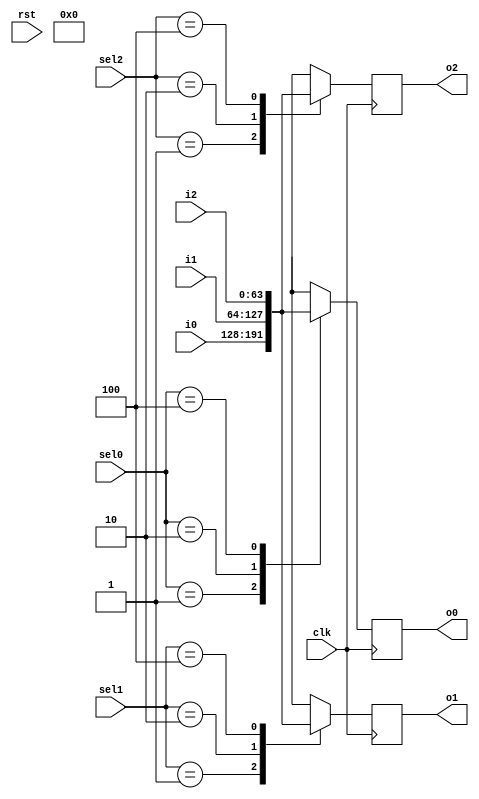
`timescale 1ns / 1ps
//////////////////////////////////////////////////////////////////////////////////
// Company: 
// Engineer: 
// 
// Design Name: 
// Module Name: crossbar
// Project Name: 
// Target Devices: 
// Tool Versions: 
// Description: 
// 
// Dependencies: 
// 
// Revision:
// Revision 0.01 - File Created
// Additional Comments:
// 
//////////////////////////////////////////////////////////////////////////////////

module crossbar(i0,i1,i2,
      sel0, sel1,sel2,
		o0,o1,o2,clk, rst
    );
input clk, rst;
input[63:0] i0,i1,i2;
output reg[63:0] o0,o1,o2;
input [2:0] sel0, sel1, sel2;
always @(posedge clk)
begin
case(sel0)
5'b00001: o0<=i0;
5'b00010: o0<=i1;
5'b00100: o0<=i2;
default: o0<=8'bxxxxxxxx;
endcase
case(sel1)
5'b00001: o1<=i0;
5'b00010: o1<=i1;
5'b00100: o1<=i2;
default: o1<=8'bxxxxxxxx;
endcase
case(sel2)
5'b00001: o2<=i0;
5'b00010: o2<=i1;
5'b00100: o2<=i2;
default: o2<=8'bxxxxxxxx;
endcase

/*$display("output local i0 %d, %t", i0, $time);
$display("output local i1 %d, %t", i1, $time);
$display("output local i2 %d, %t", i2, $time);
$display("select0 signal %b, %t", sel0, $time);
$display("select1 signal %b, %t", sel1, $time);
$display("select2 signal %b, %t", sel2, $time);
*/
end
//sel1,sel2,sel3,sel4;
//assign o0= (i0&sel0);
//assign o0=((i0&~i1&~i2&~i3&~i4&sel0)|(~i0&i1&~i2&~i3&~i4&sel0)|(~i0&~i1&i2&~i3&~i4&sel0)|(~i0&~i1&~i2&i3&~i4&sel0)|(~i0&~i1&~i2&~i3&i4&sel0));
//assign o1=((i0&~i1&~i2&~i3&~i4&sel1)|(~i0&i1&~i2&~i3&~i4&sel1)|(~i0&~i1&i2&~i3&~i4&sel1)|(~i0&~i1&~i2&i3&~i4&sel1)|(~i0&~i1&~i2&~i3&i4&sel1));
//assign o2=((i0&~i1&~i2&~i3&~i4&sel2)|(~i0&i1&~i2&~i3&~i4&sel2)|(~i0&~i1&i2&~i3&~i4&sel2)|(~i0&~i1&~i2&i3&~i4&sel2)|(~i0&~i1&~i2&~i3&i4&sel2));
//assign o3=((i0&~i1&~i2&~i3&~i4&sel3)|(~i0&i1&~i2&~i3&~i4&sel3)|(~i0&~i1&i2&~i3&~i4&sel3)|(~i0&~i1&~i2&i3&~i4&sel3)|(~i0&~i1&~i2&~i3&i4&sel3));
//assign o4=((i0&~i1&~i2&~i3&~i4&sel4)|(~i0&i1&~i2&~i3&~i4&sel4)|(~i0&~i1&i2&~i3&~i4&sel4)|(~i0&~i1&~i2&i3&~i4&sel4)|(~i0&~i1&~i2&~i3&i4&sel4));
endmodule